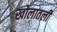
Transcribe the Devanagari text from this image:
खोलातली